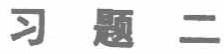
习题二